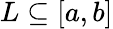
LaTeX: L\subseteq[a,b]